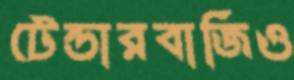
টেন্ডারবাজিও